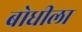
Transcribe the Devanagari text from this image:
बोधीला